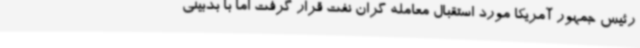
رئیس جمهور آمریکا مورد استقبال معامله گران نفت قرار گرفت اما با بدبینی